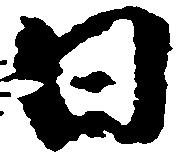
日